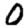
Digit: 0